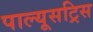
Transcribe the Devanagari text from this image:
पाल्यूसट्रिस